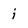
Character: i